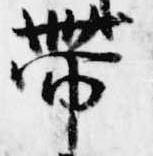
帯